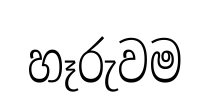
හෑරුවම